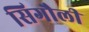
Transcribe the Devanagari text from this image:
सिगौली